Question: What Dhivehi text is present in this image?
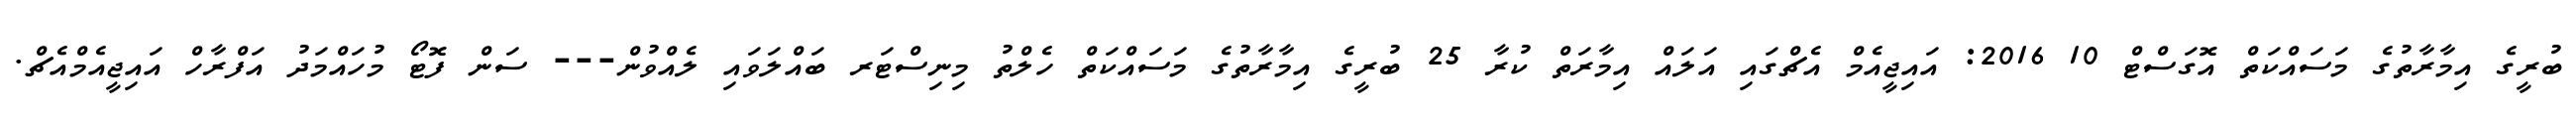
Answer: ބުރީގެ އިމާރާތުގެ މަސައްކަތް އޮގަސްޓް 10 2016: އައިޖީއެމް އެޗްގައި އަލައް އިމާރަތް ކުރާ 25 ބުރީގެ އިމާރާތުގެ މަސައްކަތް ހެލްތު މިނިސްޓަރ ބައްލަވައި ލެއްވުން--- ސަން ފޮޓޯ މުހައްމަދު އަފްރާހް އައިޖީއެމްއެޗް.